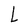
Character: L